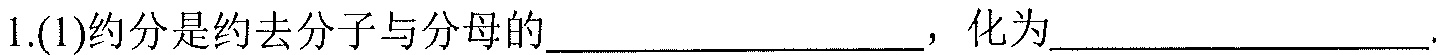
1.(1)约分是约去分子与分母的____________________，化为____________________.